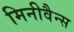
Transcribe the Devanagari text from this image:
मिनीवैन्स